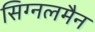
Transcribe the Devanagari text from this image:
सिग्नलमैन